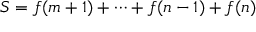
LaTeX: S = f ( m + 1 ) + \cdots + f ( n - 1 ) + f ( n )